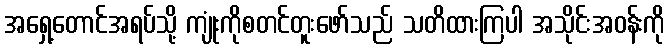
အရှေ့တောင်အရပ်သို့ ကျုံးကိုစတင်တူးဖော်သည် သတိထားကြပါ အသိုင်းအဝန်းကို